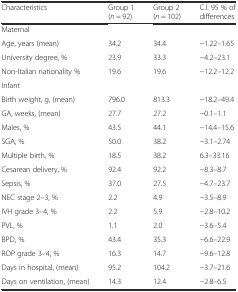
| Characteristics | Group 1 (n = 92) | Group 2 (n = 102) | C.I. 95 % of differences |
 | --- | --- | --- | --- |
 | <COLSPAN=4> Maternal |
 | Age, years (mean) | 34.2 | 34.4 | −1.22–1.65 |
 | University degree, % | 23.9 | 33.3 | −4.2–23.1 |
 | Non-Italian nationality % | 19.6 | 19.6 | −12.2–12.2 |
 | <COLSPAN=4> Infant |
 | Birth weight, g, (mean) | 796.0 | 813.3 | −18.2–49.4 |
 | GA, weeks, (mean) | 27.7 | 27.2 | −0.1–1.1 |
 | Males, % | 43.5 | 44.1 | −14.4–15.6 |
 | SGA, % | 50.0 | 38.2 | −3.1–2.74 |
 | Multiple birth, % | 18.5 | 38.2 | 6.3–33.16 |
 | Cesarean delivery, % | 92.4 | 92.2 | −8.3–8.7 |
 | Sepsis, % | 37.0 | 27.5 | −4.7–23.7 |
 | NEC stage 2–3, % | 2.2 | 4.9 | −3.5–8.9 |
 | IVH grade 3–4, % | 2.2 | 5.9 | −2.8–10.2 |
 | PVL, % | 1.1 | 2.0 | −3.6–5.4 |
 | BPD, % | 43.4 | 35.3 | −6.6–22.9 |
 | ROP grade 3–4, % | 16.3 | 14.7 | −9.6–12.8 |
 | Days in hospital, (mean) | 95.2 | 104.2 | −3.7–21.6 |
 | Days on ventilation, (mean) | 14.3 | 12.4 | −2.8–6.5 |